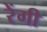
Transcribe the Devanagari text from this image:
रेंगी